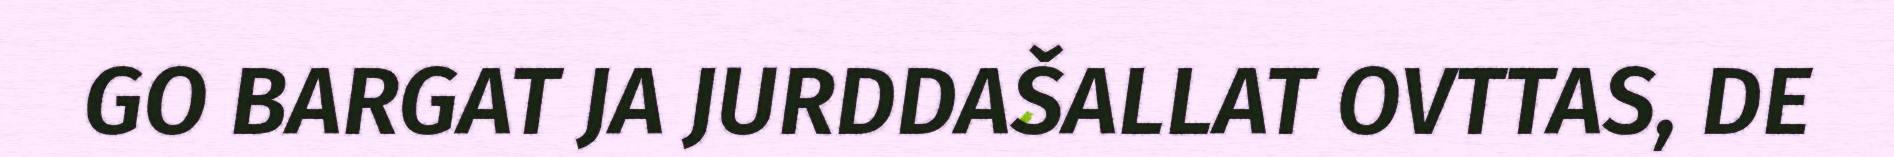
GO BARGAT JA JURDDAŠALLAT OVTTAS, DE